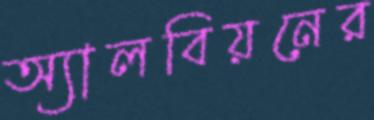
অ্যালবিয়নের